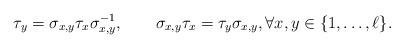
LaTeX: \begin{align*} \tau_y = \sigma_{x,y} \tau_x \sigma^{-1}_{x,y},\qquad\sigma_{x,y}\tau_x = \tau_y \sigma_{x,y},\forall x,y \in \{1,\dots,\ell\}.\end{align*}